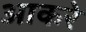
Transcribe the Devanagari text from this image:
आकरे